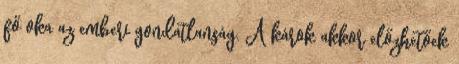
fő oka az emberi gondatlanság. A károk akkor előzhetőek